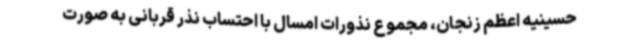
حسینیه اعظم زنجان، مجموع نذورات امسال با احتساب نذر قربانی به صورت